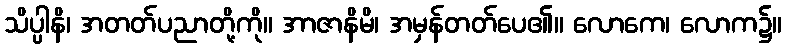
သိပ္ပါနိ၊ အတတ်ပညာတို့ကို။ အာဇာနိမိ၊ အမှန်တတ်ပေ၏။ လောကေ၊ လောက၌။